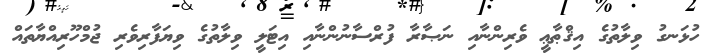
ހުޅަނގު ވިލާތުގެ އިޤްޠާޢީ ވެރިންނާއި ނަޞާރާ ފުރްސާނުންނާއި އިޓަލީ ވިލާތުގެ ވިޔަފާރިވެރި ޖުމްހޫރިއްޔާތައް